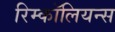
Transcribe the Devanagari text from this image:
रिम्कॉलियन्स